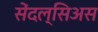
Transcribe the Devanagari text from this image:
सेंदल्सिअस